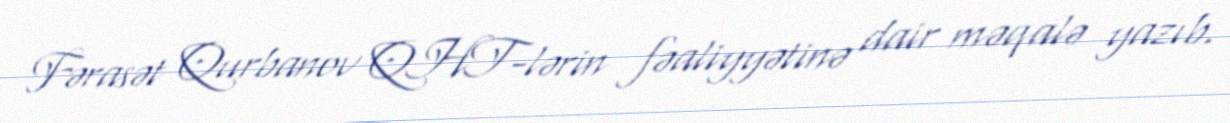
Fərasət Qurbanov QHT-lərin fəaliyyətinə dair məqalə yazıb.